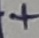
Text: +